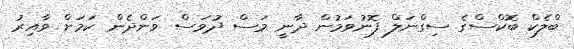
ބްލެކް ބޮކްސްގެ ސިގްނަލް ފޮނުވަމުން ދާނީ މަސް ދުވަސް ވަންދެން ކަމަށް ވާއިރު